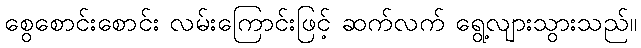
စွေစောင်းစောင်း လမ်းကြောင်းဖြင့် ဆက်လက် ရွေ့လျားသွားသည်။